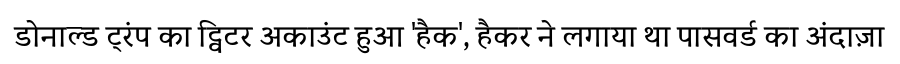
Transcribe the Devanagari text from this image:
डोनाल्ड ट्रंप का ट्विटर अकाउंट हुआ 'हैक', हैकर ने लगाया था पासवर्ड का अंदाज़ा